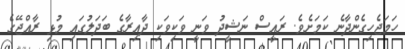
ހަމަޖެހިގެންދާނެ ކަމަށެވެ. ރައީސް ނަޝީދު ވަނީ ވަކިވަކި ދާއިރާގެ ބަދަލުގައި މުޅި ރާއްޖޭގެ